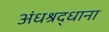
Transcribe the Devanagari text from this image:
अंधश्रद्धाना